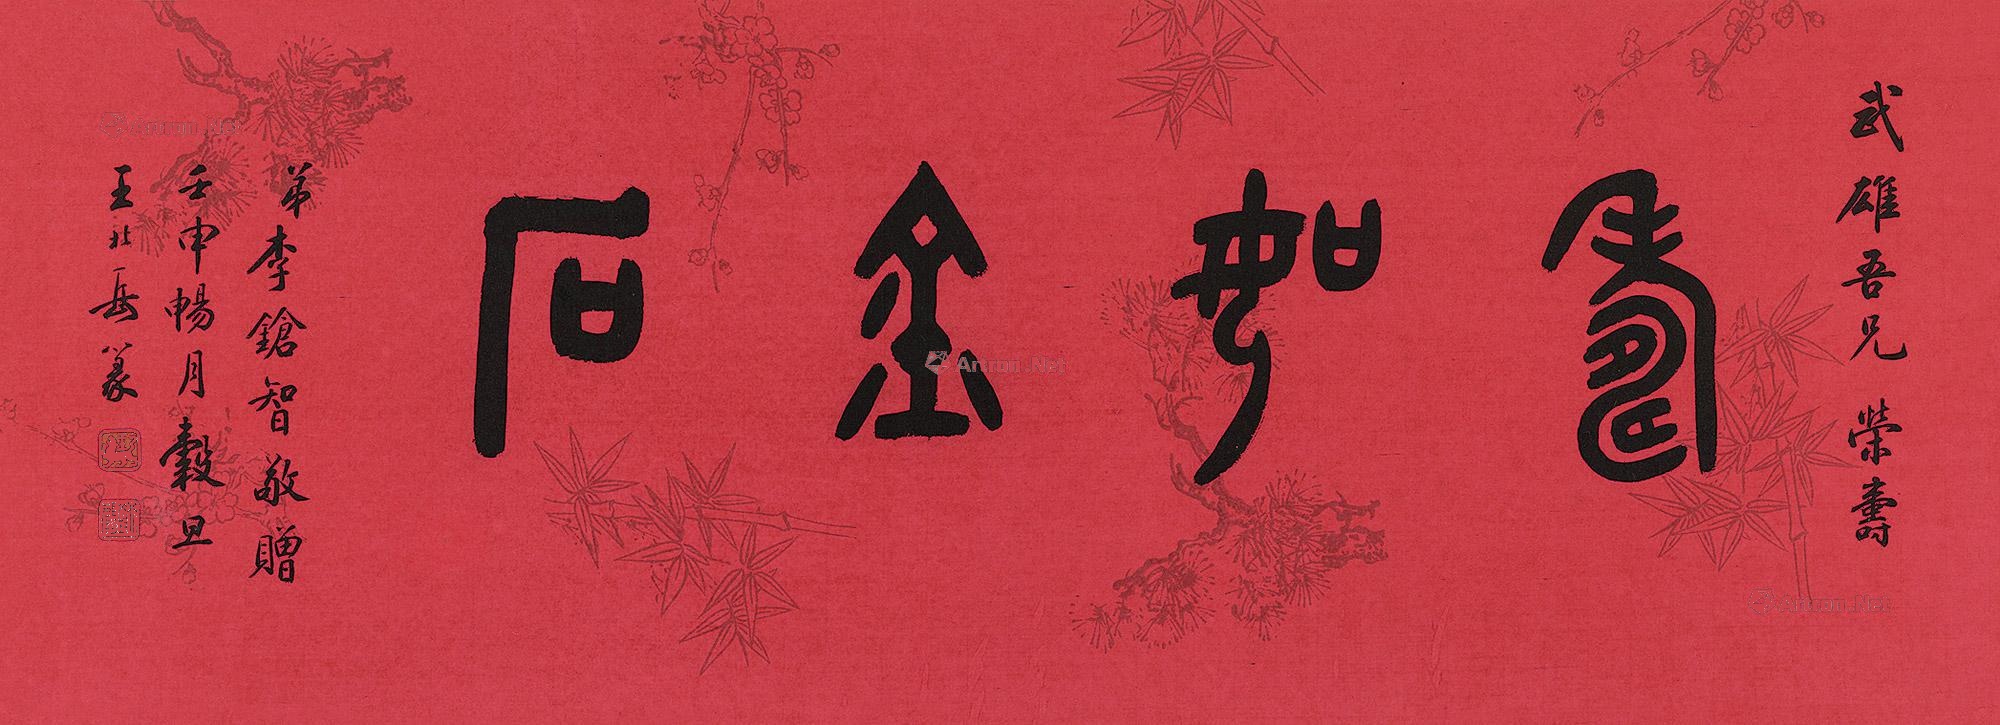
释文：寿如金石。武雄吾兄荣寿。弟李枪智敬赠。壬申畅月谷旦王北岳篆。